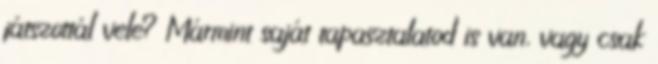
játszottál vele? Mármint saját tapasztalatod is van, vagy csak